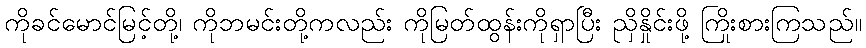
ကိုခင်မောင်မြင့်တို့၊ ကိုဘမင်းတို့ကလည်း ကိုမြတ်ထွန်းကိုရှာပြီး ညှိနှိုင်းဖို့ ကြိုးစားကြသည်။